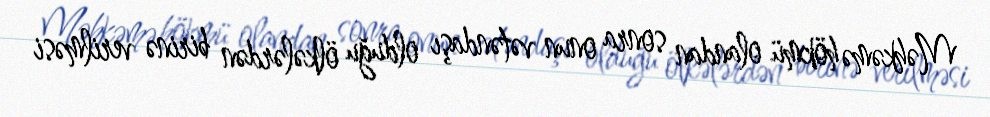
Məhkəmə hökmü olandan sonra onun vətəndaşı olduğu ölkələrdən birinə verilməsi